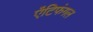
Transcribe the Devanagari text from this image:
ऐंटिफंगल